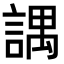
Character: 𧪓